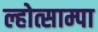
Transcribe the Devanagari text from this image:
ल्होत्साम्पा